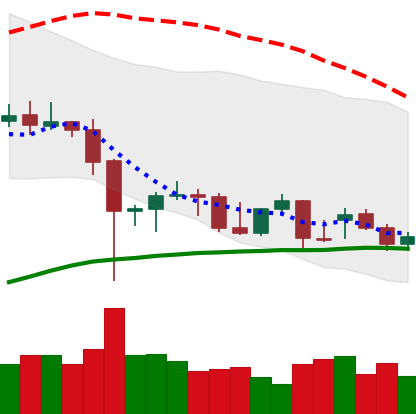
Ticker: BTC-USD
Chart end date: 2021-12-18
Forward return: 8.401%
Label: up_7plus